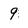
Character: 9